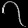
Digit: ၇